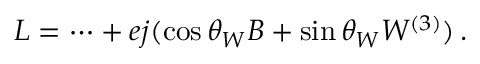
{ \cal L } = \cdots + e j ( \cos \theta _ { W } B + \sin \theta _ { W } W ^ { ( 3 ) } ) \, .